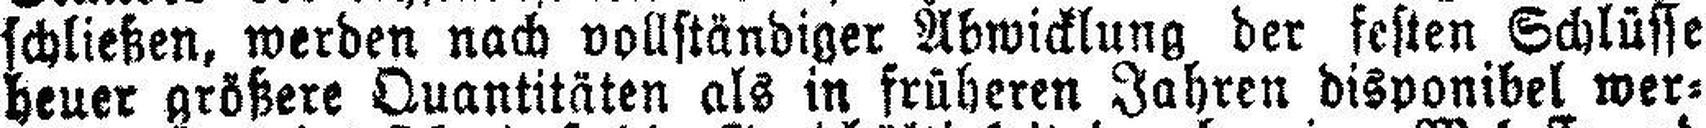
Schließen, werden nach vollständiger Abwicklung der festen Schlüsse